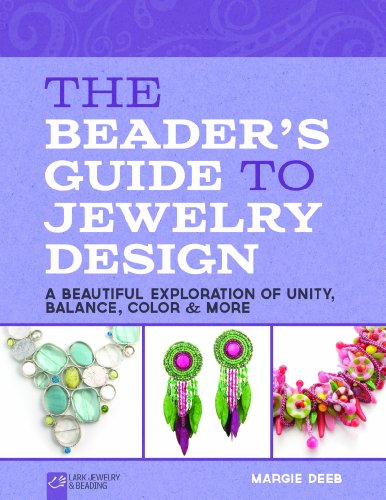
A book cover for The Beader's Guide to Jewelry Design: A Beautiful Exploration of Unity, Balance, Color & More (Lark Jewelry & Beading); Margie Deeb; Crafts, Hobbies & Home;